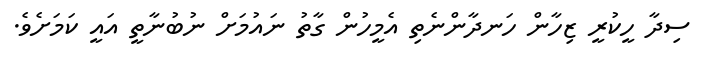
ސިދާ ހީކުރީ ޒިހާން ހަނދާންނެތި އެމީހުން ގާތު ނައުމަށް ނުބުނާތީ އައީ ކަމަށެވެ.